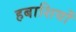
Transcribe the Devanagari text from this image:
हबाशियों